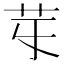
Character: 𦬤